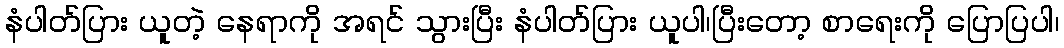
နံပါတ်ပြား ယူတဲ့ နေရာကို အရင် သွားပြီး နံပါတ်ပြား ယူပါ၊ပြီးတော့ စာရေးကို ပြောပြပါ၊